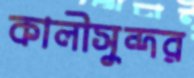
কালীসুন্দর